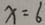
x = 6